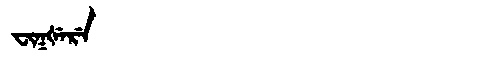
Manchu: ᠸᡳᡴᡧᡝᡵᡝ
Romanization: FIKŠERE